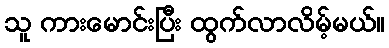
သူ ကားမောင်းပြီး ထွက်လာလိမ့်မယ်။